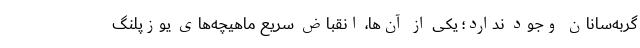
گربه‌سانان وجود ندارد؛ یکی از آن‌ها، انقباض سریع ماهیچه‌های یوزپلنگ‌